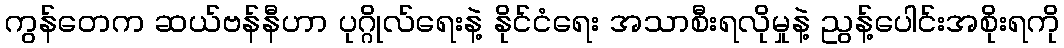
ကွန်တေက ဆယ်ဗန်နီဟာ ပုဂ္ဂိုလ်ရေးနဲ့ နိုင်ငံရေး အသာစီးရလိုမှုနဲ့ ညွန့်ပေါင်းအစိုးရကို